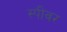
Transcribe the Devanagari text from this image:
स्पीवर